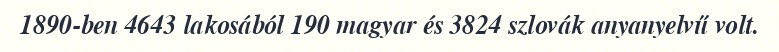
1890-ben 4643 lakosából 190 magyar és 3824 szlovák anyanyelvű volt.